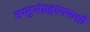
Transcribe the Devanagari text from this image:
वस्तुसंग्रहालयाशी